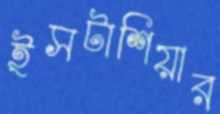
ইসটাশিয়ার